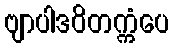
ဗျာပါဒဝိတက္ကံပေ